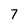
Character: 7